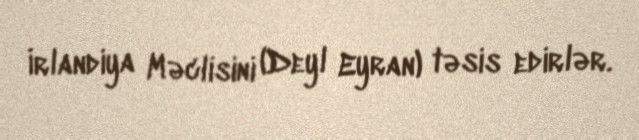
İrlandiya Məclisini (Deyl Eyran) təsis edirlər.